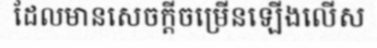
ដែលមានសេចក្តីចម្រើនឡើងលើស